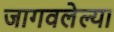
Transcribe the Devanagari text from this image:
जागवलेल्या